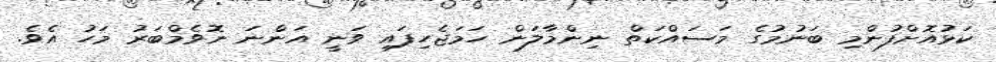
ކަޅުއޮށްފުންމި ބަނުމުގެ މަސައްކަތް ނިންމާލަން ހަމަޖެހިފައި ވަނީ އަންނަ ނޮވެމްބަރު މަހު އެވެ.